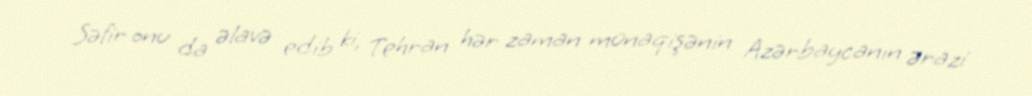
Səfir onu da əlavə edib ki, Tehran hər zaman münaqişənin Azərbaycanın ərazi